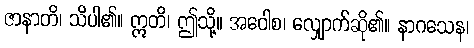
ဇာနာတိ၊ သိပါ၏။ ဣတိ၊ ဤသို့။ အဝေါစ၊ လျှောက်ဆို၏။ နာဂသေန၊